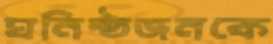
ঘনিষ্ঠজনকে